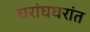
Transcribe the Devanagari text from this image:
घरांघघरांत